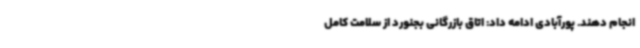
انجام دهند. پورآبادی ادامه داد: اتاق بازرگانی بجنورد از سلامت کامل